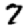
Digit: 7